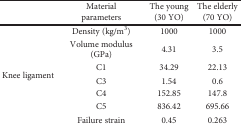
<table><thead><tr><td></td><td><b>Material parameters</b></td><td><b>The young (30 YO)</b></td><td><b>The elderly (70 YO)</b></td></tr></thead><tbody><tr><td rowspan="7">Knee ligament</td><td>Density (kg/m<sup>3</sup>)</td><td>1000</td><td>1000</td></tr><tr><td>Volume modulus (GPa)</td><td>4.31</td><td>3.5</td></tr><tr><td>C1</td><td>34.29</td><td>22.13</td></tr><tr><td>C3</td><td>1.54</td><td>0.6</td></tr><tr><td>C4</td><td>152.85</td><td>147.8</td></tr><tr><td>C5</td><td>836.42</td><td>695.66</td></tr><tr><td>Failure strain</td><td>0.45</td><td>0.263</td></tr></tbody></table>